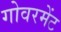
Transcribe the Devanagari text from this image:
गोवरमेंट